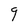
Character: g